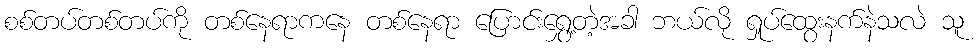
စစ်တပ်တစ်တပ်ကို တစ်နေရာကနေ တစ်နေရာ ပြောင်းရွှေ့တဲ့အခါ ဘယ်လို ရှုပ်ထွေးနက်နဲသလဲ သူ